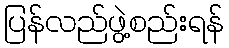
ပြန်လည်ဖွဲ့စည်းရန်